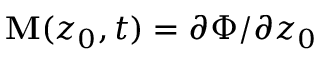
\mathbf { M } ( \boldsymbol { z } _ { 0 } , t ) = \partial \boldsymbol { \Phi } / \partial \boldsymbol { z } _ { 0 }